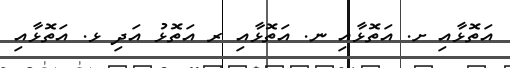
އަތޮޅާއި ށ. އަތޮޅާއި ނ. އަތޮޅާއި ރ އަތޮޅު އަދި ޅ. އަތޮޅާއި